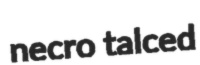
necro talced